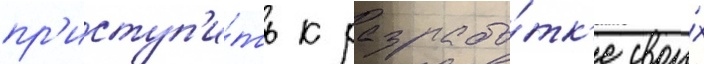
пр'иступ'и́ть к разрабо́тк'е свои́х